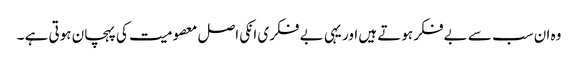
وہ ان سب سے بے فکر ہوتے ہیں اور یہی بے فکری انکی اصل معصومیت کی پہچان ہوتی ہے ۔